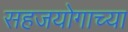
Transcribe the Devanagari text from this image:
सहजयोगाच्या